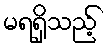
မရရှိသည့်